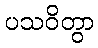
ပသဝိတွာ